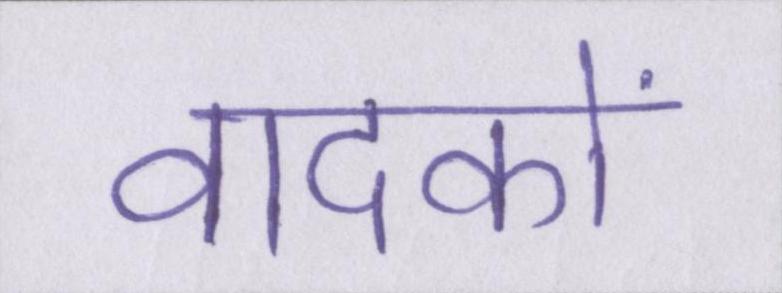
वादकों